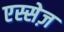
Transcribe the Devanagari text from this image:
एस्सेज़